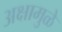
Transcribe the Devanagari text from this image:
अक्षामुळे